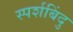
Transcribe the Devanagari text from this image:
स्पर्शबिंदु